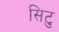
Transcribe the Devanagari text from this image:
सिटु